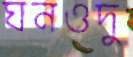
ঘনওদু